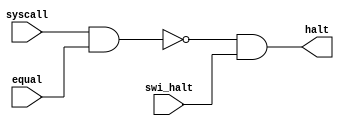
module halt(
    syscall,equal,swi_halt,halt
    );
    input syscall,equal,swi_halt;
    output halt;
    assign halt = (~(syscall & equal )) & swi_halt;
endmodule